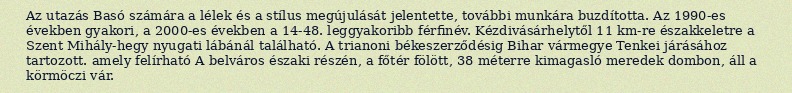
Az utazás Basó számára a lélek és a stílus megújulását jelentette, további munkára buzdította. Az 1990-es években gyakori, a 2000-es években a 14-48. leggyakoribb férfinév. Kézdivásárhelytől 11 km-re északkeletre a Szent Mihály-hegy nyugati lábánál található. A trianoni békeszerződésig Bihar vármegye Tenkei járásához tartozott. amely felírható A belváros északi részén, a főtér fölött, 38 méterre kimagasló meredek dombon, áll a körmöczi vár.